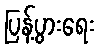
ပြန့်ပွားရေး